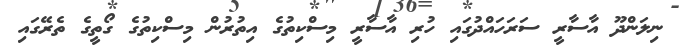
ނިލަންދޫ އާސާރީ ސަރަހައްދުގައި ހުރި އާސާރީ މިސްކިތުގެ އިތުރުން މިސްކިތުގެ ގޯތީގެ ތެރޭގައި